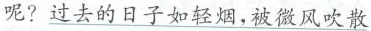
呢?过去的日子如轻烟，被微风吹散